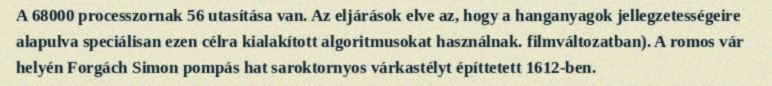
A 68000 processzornak 56 utasítása van. Az eljárások elve az, hogy a hanganyagok jellegzetességeire alapulva speciálisan ezen célra kialakított algoritmusokat használnak. filmváltozatban). A romos vár helyén Forgách Simon pompás hat saroktornyos várkastélyt építtetett 1612-ben.